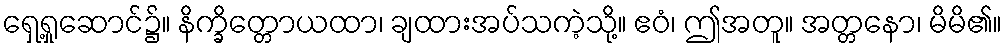
ရှေ့ရှုဆောင်၌။ နိက္ခိတ္တောယထာ၊ ချထားအပ်သကဲ့သို့။ ဧဝံ၊ ဤအတူ။ အတ္တနော၊ မိမိ၏။